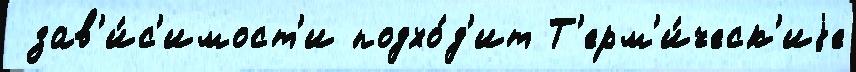
 зав'и́с'имост'и подхо́д'ит Т'ерм'и́ческ'иjе